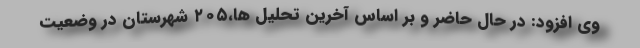
وی افزود: در حال حاضر و بر اساس آخرین تحلیل ها،۲۰۵ شهرستان در وضعیت